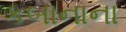
કબાનાના